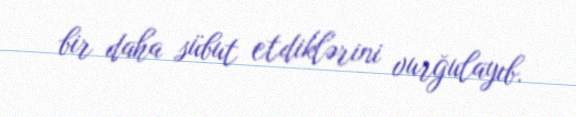
bir daha sübut etdiklərini vurğulayıb.